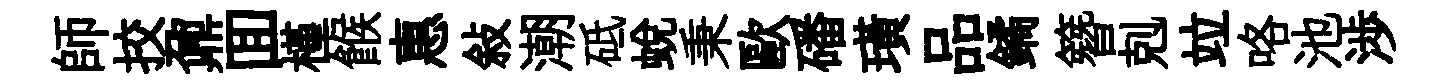
師挍鼐囬槿餱惠敍潮砥蜕秉歐磻璜品鐍簪剋竝咯池渉